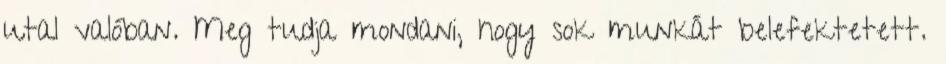
utal valóban. Meg tudja mondani, hogy sok munkát belefektetett.